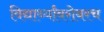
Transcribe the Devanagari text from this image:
विद्यार्थ्यांबरोबरच